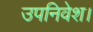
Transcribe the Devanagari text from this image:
उपनिवेश।